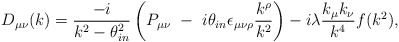
\begin{align*}D_{\mu\nu}(k)=\frac{-i}{k^{2}-\theta^{2}_{in}}\left(P_{\mu\nu}\,\,-\,\,i\theta_{in}\epsilon_{\mu\nu\rho}\frac{k^{\rho}}{k^{2}}\right)-i\lambda\frac{k_{\mu}k_{\nu}}{k^{4}}f(k^{2}),\end{align*}